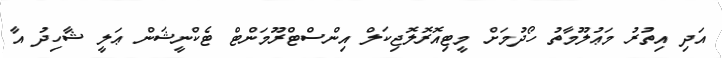
އަދި އިތުރު މަޢުލޫމާތު ހޯދުމަށް މީޓިއޮރޮލޮޖިކަލް އިންސްޓްރޫމަންޓް ޓެކްނީޝަން ޢަލީ ޝާހިދު އާ